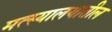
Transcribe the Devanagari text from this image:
मत्स्यालयातील